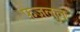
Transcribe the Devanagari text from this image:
फ़ज़लुल